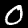
Label: 0